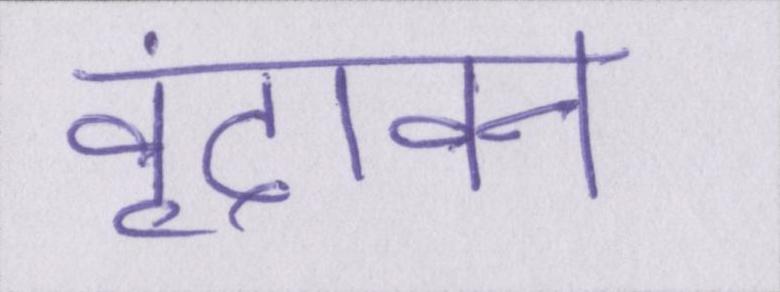
वृंदावन